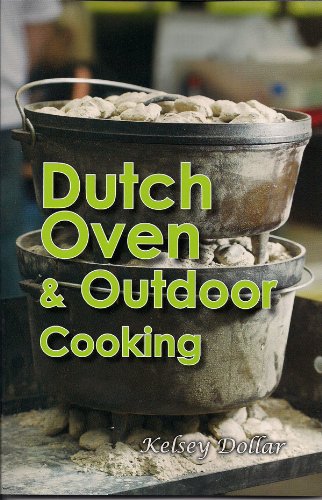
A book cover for Dutch Oven & Outdoor Cooking (American Pantry Collection); Kelsey Dollar; Cookbooks, Food & Wine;